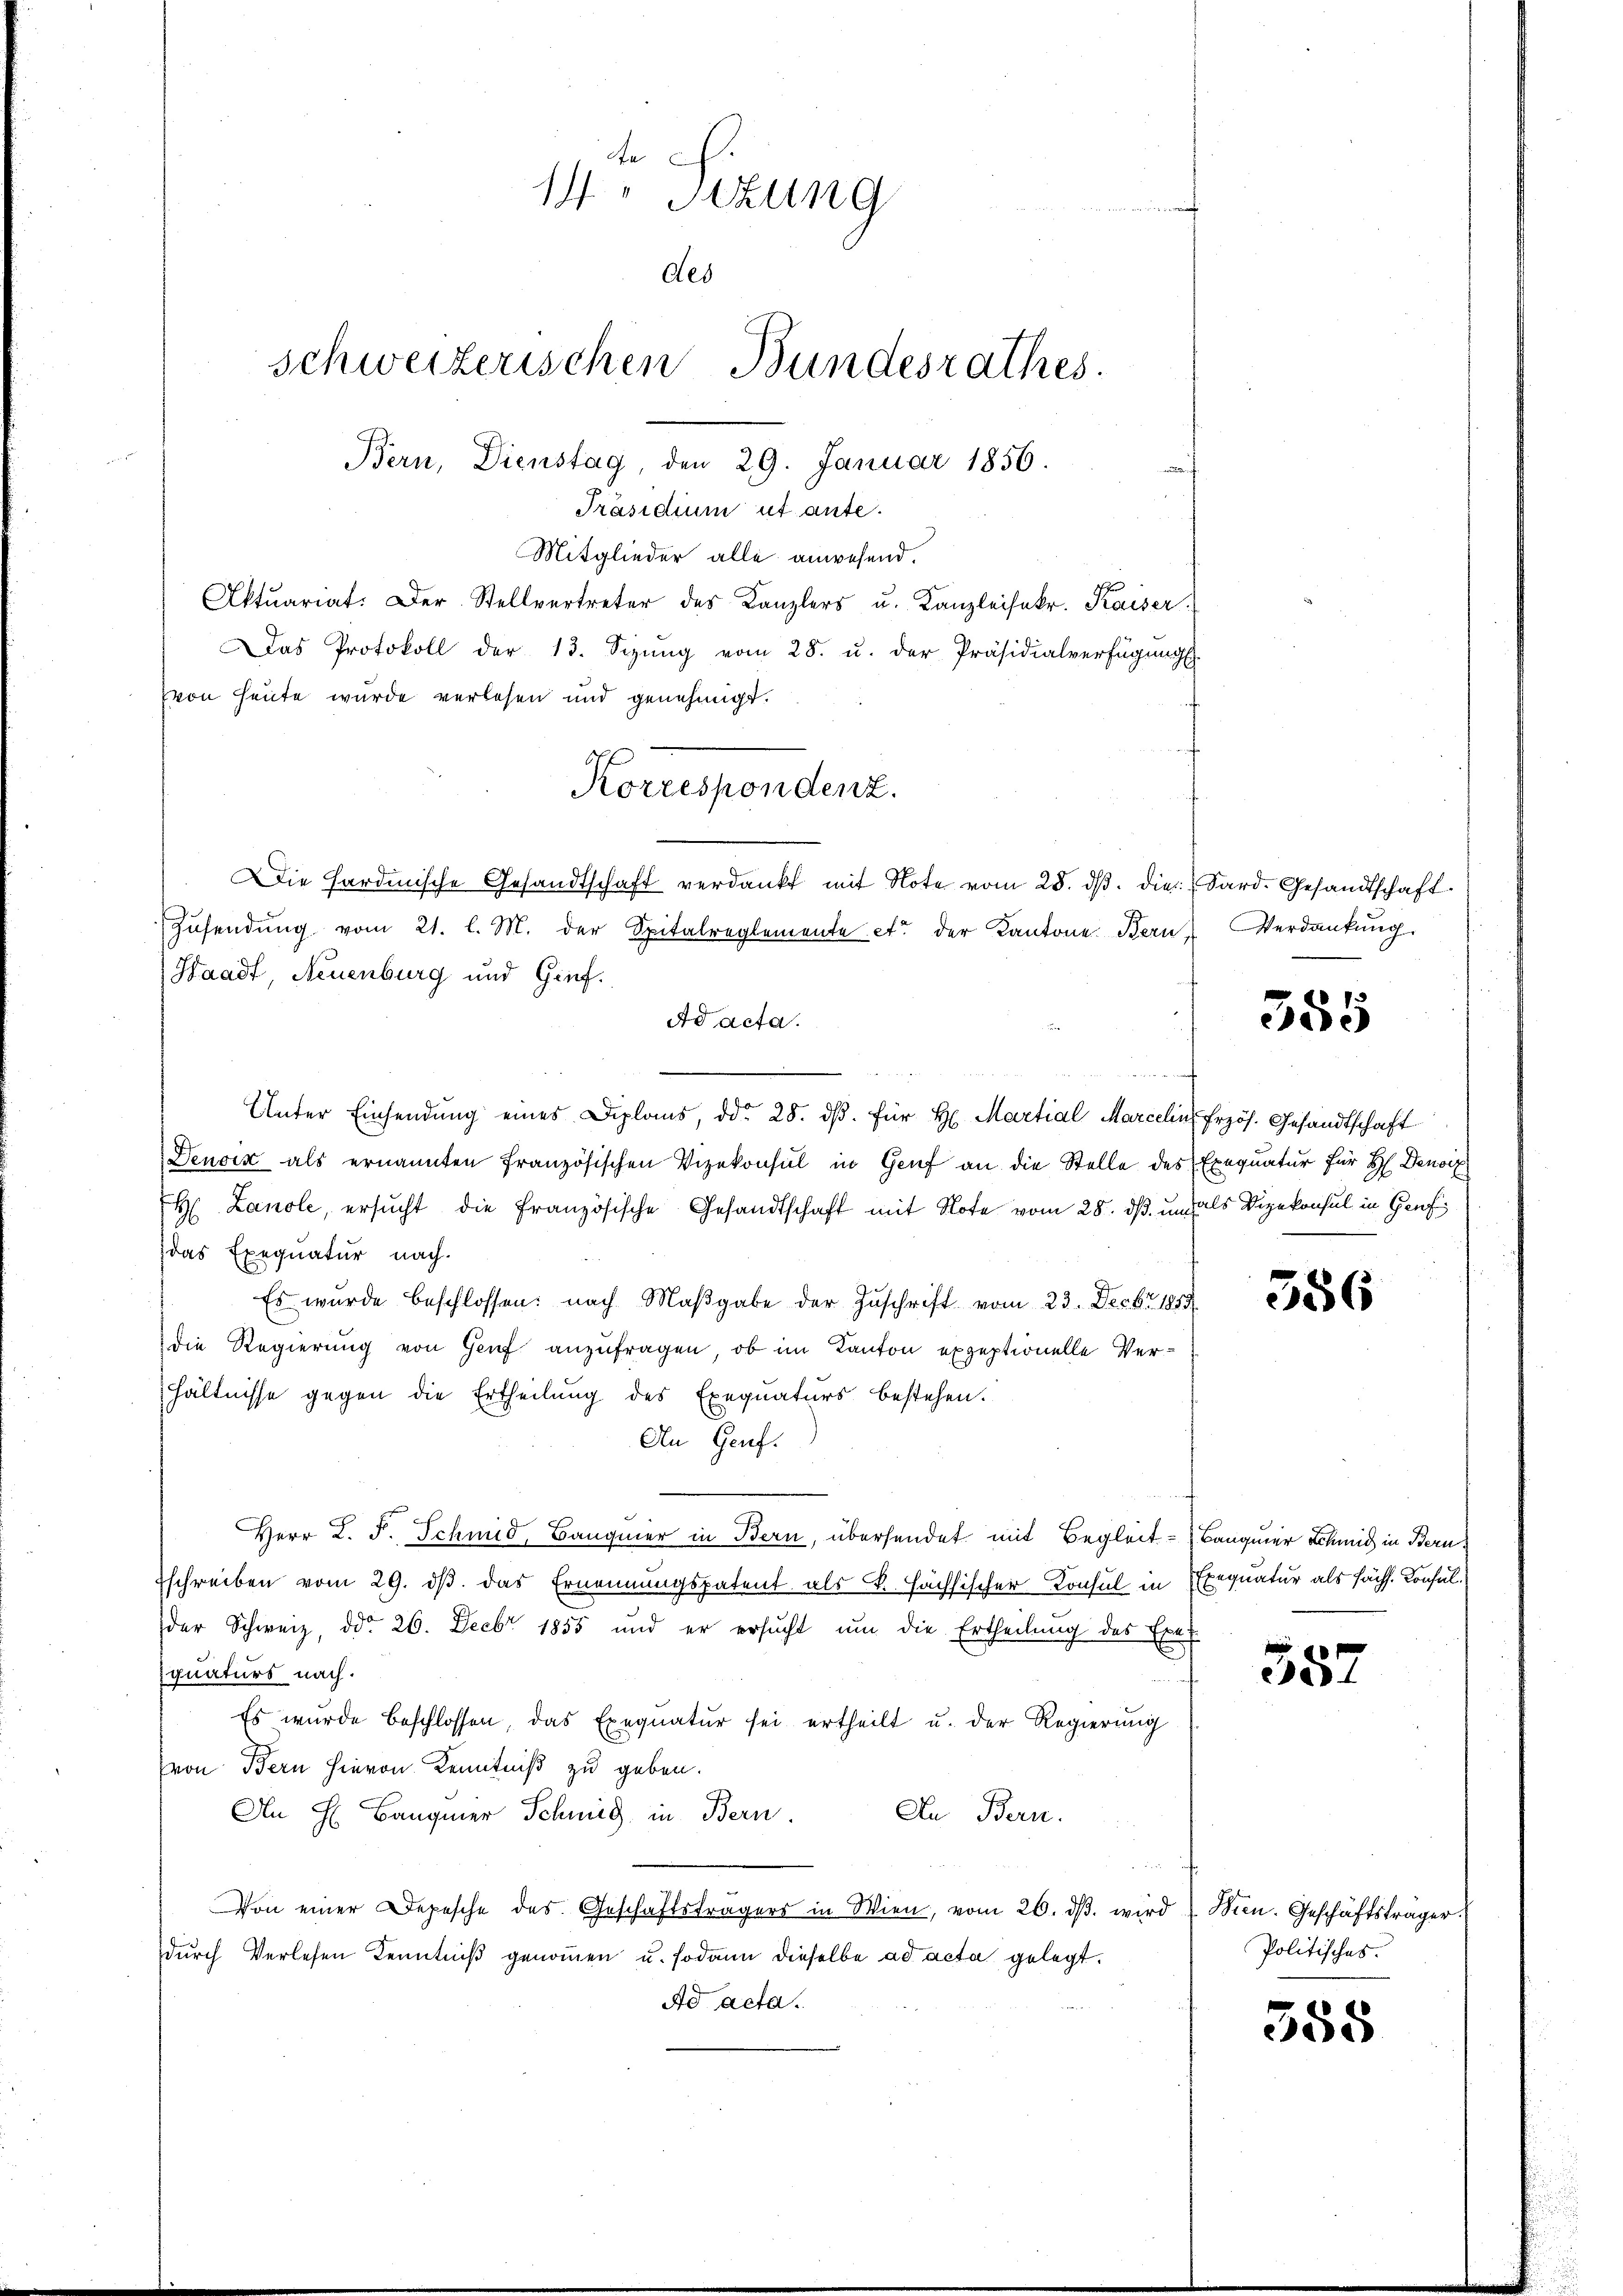
14. Sizung
f
des
schweizerischen Bundesrathes.
Bern, Dienstag, den 29. Januar 1856.

Präsidium ut ante.
Mitglieder alle anwesend.
Aktuariat. Der Stellvertreter des Kanzlers u. Kanzleisekr. Kaiser
Das Protokoll der 13. Sizŭng vom 28. u. der Präsidialverfügungs
von heute wurde verlesen und genehmigt.
Waadt, Neuenburg und Gief.
Unter Einsendung eines Diploms, ddo 28. dβ. für H. Martial Marcelin, Erzös. Gesandtschaft
Denoix als ernannten Französischen Vizekonsul in Genf an die Stelle des Exequatur für H. Denoiz
H. Landle, ersucht die französische Gesandtschaft mit Note vom 28. ds. und als Vizekonsul in Genf
das Exequatur nach.
Es wurde beschlossen: nach Maßgabe der Zuschrift vom 23. Decbr. 1819
die Regierung von Genf anzufragen, ob im Kanton expeptionelle Verhältnisse gegen die Ertheilung des Exequaturs bestehen.
An Genf.
Herr L. F. Schmid, Bauger in Bern, übersendet mit Begleit - Banquer Schmid in Bernschreiben vom 29. ds. das Ernennungspatent als K. Hächsischer Konsul in Exequatur als sächs. Konsulder Schweiz, ddo 26. Decbr 1855 und er ersŭcht ŭm die Ertheilŭng des Exet
quaturs nach.
Es wurde beschlossen, das Exequatur sei ertheilt u. der Regierung
von Bern hievon Kenntniß zu geben.
An H. Baugmer Schmid in Bern.
An Bern.
e
Von einer Depesche des Geschäftsfragers in Wien, vom 26. dβ. wird) Wien. Geschäftsträger
durch Verlesen Kenntniß genommen u. sodann dieselbe ad acta gelegt.
Ad acta.

Korrespondenz.
Die Hardinische Gesandtschaft verdankt mit Note vom 28. ds. die Sard. Gesandtschaft.

Zŭsendŭng vom 21. l. M. der Spitalreglemente et der Kantone Bern Verdankŭng
Ad acta.
und

555

586

557

Politisches.

388